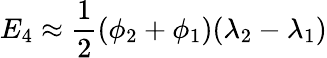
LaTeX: E_{4}\approx{\frac{1}{2}}(\phi_{2}+\phi_{1})(\lambda_{2}-\lambda_{1})